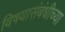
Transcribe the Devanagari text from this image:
विषयासंबंधीच्या